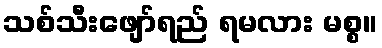
သစ်သီးဖျော်ရည် ရမလား မစ္စ။